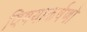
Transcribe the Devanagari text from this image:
विषयाकर्षणों